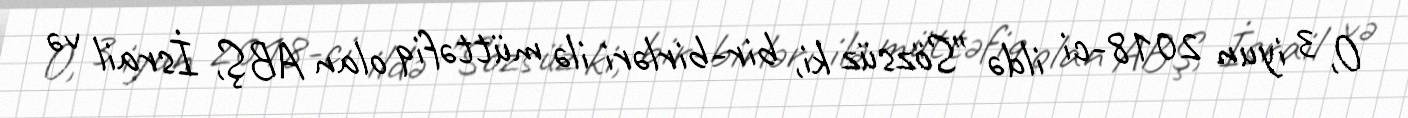
O, 3 iyun 2018-ci ildə "Sözsüz ki, bir-birləri ilə müttəfiq olan ABŞ, İsrail və